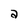
Character: a